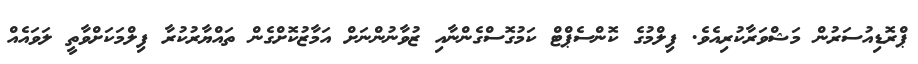
ޕްރޮޑިއުސަރުން މަޝްވަރާކުރިއެވެ. ފިލްމުގެ ކޮންސެޕްޓް ކަމުގޮސްގެންނާއި ޒުވާނުންނަށް އަމާޒުކޮށްގެން ތައްޔާރުކުރާ ފިލްމަކަށްވާތީ ލަވައެއް